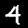
Digit: 4